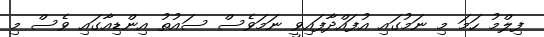
ފިލްމު ހަމަ މި ނަމުގައި އުފައްދާފައިވީ ނަމަވެސް ސައުތު އިންޑިއާގައި ވެސް މި